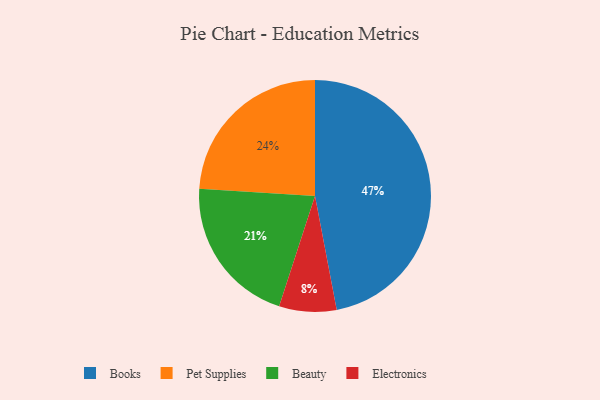
{"axis": {"x": "Category", "y": "Percentage"}, "legend": ["Beauty", "Books", "Electronics", "Pet Supplies"], "data": [{"x": "Beauty", "y": 21, "type": "Beauty"}, {"x": "Electronics", "y": 8, "type": "Electronics"}, {"x": "Pet Supplies", "y": 24, "type": "Pet Supplies"}, {"x": "Books", "y": 47, "type": "Books"}]}